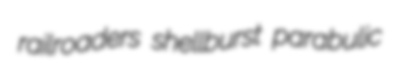
railroaders shellburst parabulic